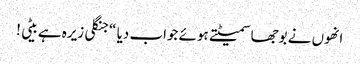
انھوں نے بوجھا سمیٹتے ہوئے جواب دیا “جنگلی زیرہ ہے بیٹی !